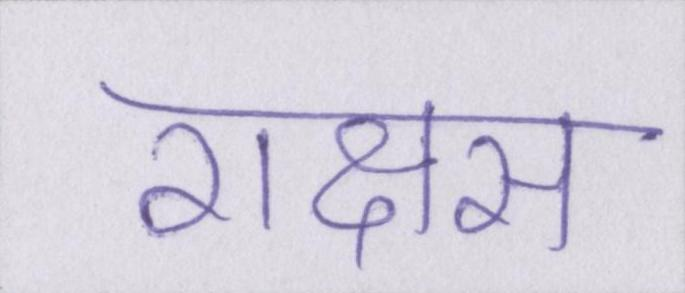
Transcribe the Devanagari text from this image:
राक्षस